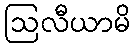
ဩလီယာမိ